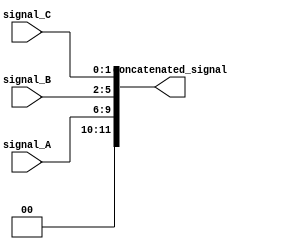
module concatenation_example (
    input [3:0] signal_A,
    input [3:0] signal_B,
    input [1:0] signal_C,
    output [11:0] concatenated_signal
);

assign concatenated_signal = {signal_A, signal_B, signal_C};

endmodule